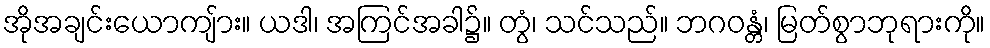
အိုအချင်းယောကျ်ား။ ယဒါ၊ အကြင်အခါ၌။ တွံ၊ သင်သည်။ ဘဂဝန္တံ၊ မြတ်စွာဘုရားကို။